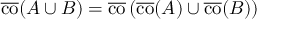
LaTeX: { \overline { { \operatorname { c o } } } } ( A \cup B ) = { \overline { { \operatorname { c o } } } } \left( { \overline { { \operatorname { c o } } } } ( A ) \cup { \overline { { \operatorname { c o } } } } ( B ) \right)